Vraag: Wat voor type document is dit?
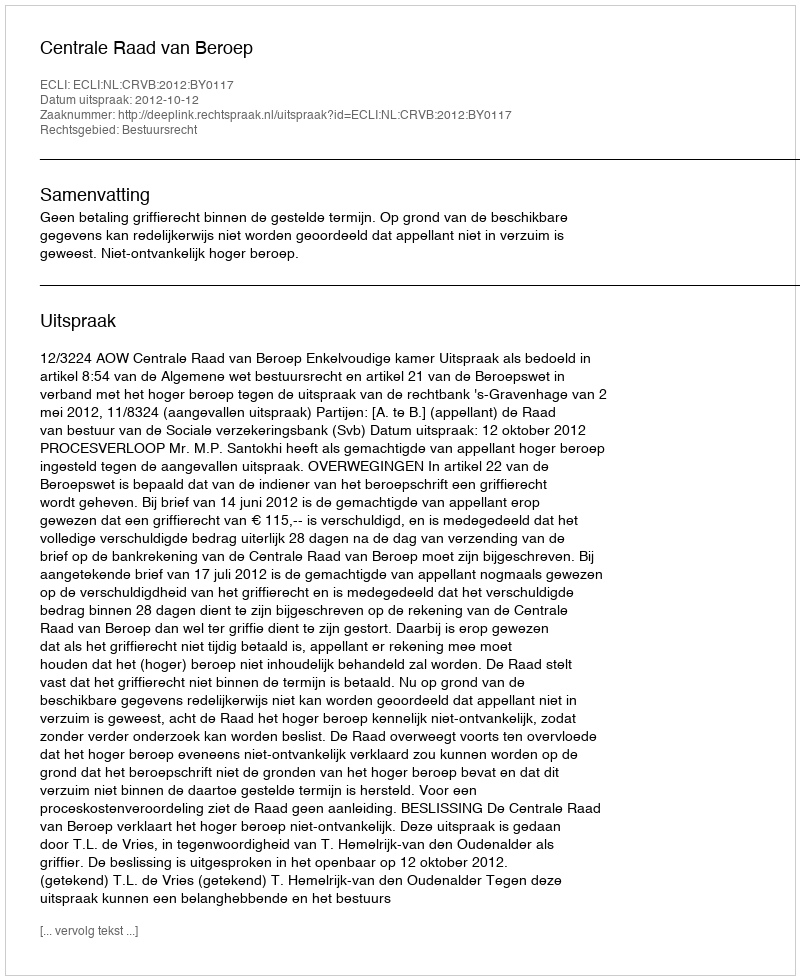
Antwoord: Uitspraak